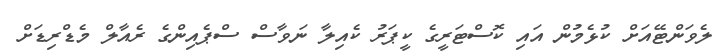
ލެވަންޓޭއަށް ކުޅެމުން އައި ކޮސްޓަރީގެ ކީޕަރު ކެއިލާ ނަވާސް ސްޕެއިންގެ ރެއާލް މެޑްރިޑަށް